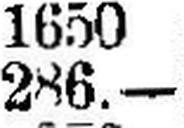
286.—